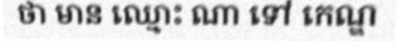
ថា មាន ឈ្មោះ ណា ទៅ កេណ្ឌ